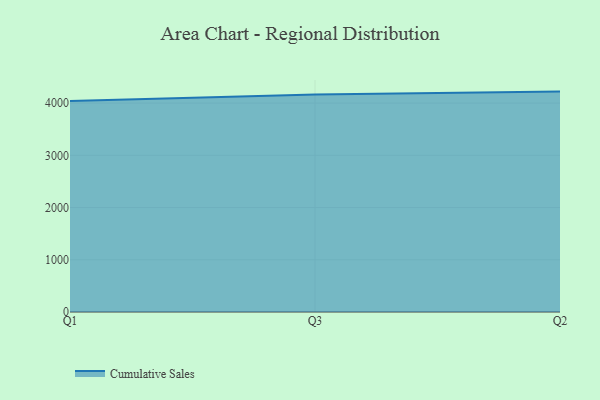
{"axis": {"x": "Quarter", "y": "Bounce Rate (%)"}, "legend": ["Cumulative Sales"], "data": [{"x": "Q1", "y": 4039.9, "type": "Cumulative Sales"}, {"x": "Q3", "y": 4163.1, "type": "Cumulative Sales"}, {"x": "Q2", "y": 4219.5, "type": "Cumulative Sales"}]}